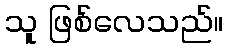
သူ ဖြစ်လေသည်။